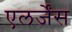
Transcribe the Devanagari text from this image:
एलर्जेंस